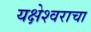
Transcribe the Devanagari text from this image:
यक्षेश्वराचा